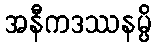
အနီကဒဿနမ္ပိ